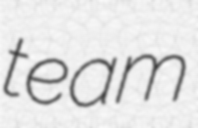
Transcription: team